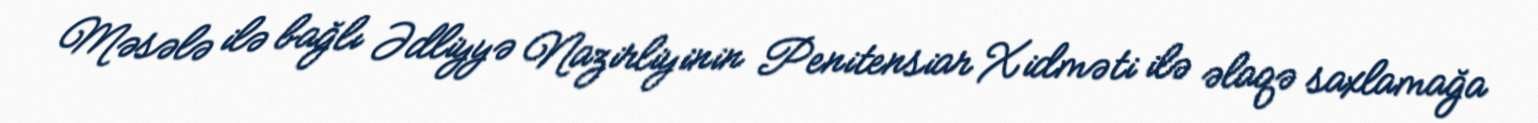
Məsələ ilə bağlı Ədliyyə Nazirliyinin Penitensiar Xidməti ilə əlaqə saxlamağa